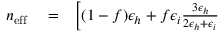
\begin{array} { r l r } { n _ { \mathrm { e f f } } } & { { } = } & { \left[ ( 1 - f ) \epsilon _ { h } + f \epsilon _ { i } \frac { 3 \epsilon _ { h } } { 2 \epsilon _ { h } + \epsilon _ { i } } \right. } \end{array}